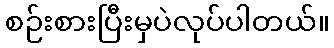
စဉ်းစားပြီးမှပဲလုပ်ပါတယ်။